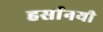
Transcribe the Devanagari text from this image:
हर्सानयी